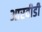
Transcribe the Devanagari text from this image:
आरवीडी